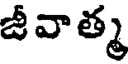
జీవాత్మ